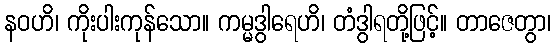
နဝဟိ၊ ကိုးပါးကုန်သော။ ကမ္မဒွါရေဟိ၊ တံဒွါရတို့ဖြင့်။ တာဇေတွာ၊